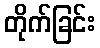
တိုက်ခြင်း